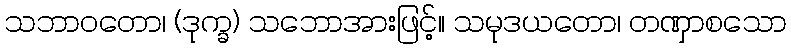
သဘာဝတော၊ (ဒုက္ခ) သဘောအားဖြင့်။ သမုဒယတော၊ တဏှာစသော